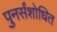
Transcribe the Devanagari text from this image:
पुनर्संशोधित